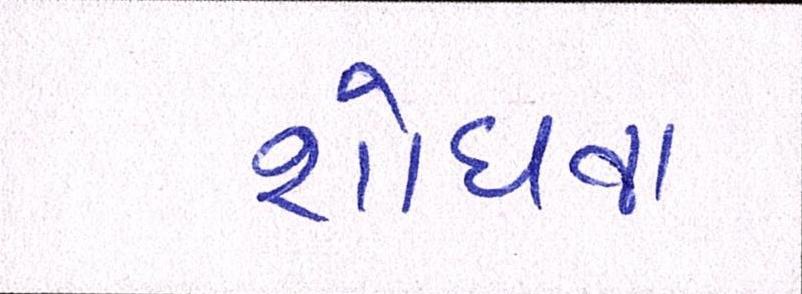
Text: શોધવા